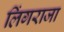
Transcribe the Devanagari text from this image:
लिंगराजा